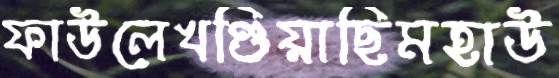
ফাউলেখণ্ডিয়াছিমহাউ